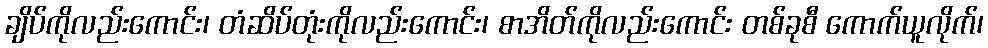
ချိပ်ကိုလည်းကောင်း၊ တံဆိပ်တုံးကိုလည်းကောင်း၊ စာအိတ်ကိုလည်းကောင်း တစ်ခုစီ ကောက်ယူလိုက်၊